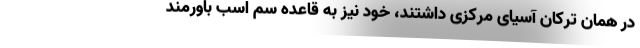
در همان ترکان آسیای مرکزی داشتند، خود نیز به قاعده سُم اسب باورمند